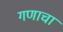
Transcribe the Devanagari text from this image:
गणाचा